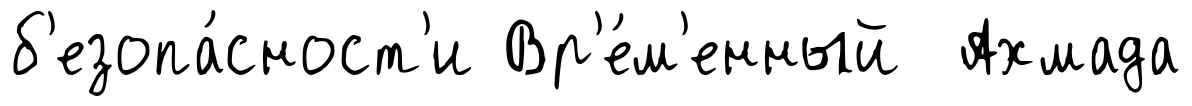
б'езопа́сност'и Вр'е́м'енный Ахмада